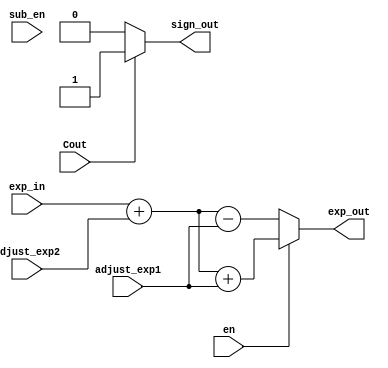
module controller (Cout, adjust_exp1, adjust_exp2, en, exp_in, sign_out, exp_out, sub_en);
    
//input clk;
input Cout, adjust_exp2, en;
input [1:0] sub_en;
input [5:0] adjust_exp1;
input [7:0] exp_in;
output sign_out;
output [7:0] exp_out;





assign sign_out = (Cout)? 1 : 0;
assign exp_out = (en)?  exp_in + adjust_exp2 + adjust_exp1 :  exp_in + adjust_exp2 - adjust_exp1;








endmodule